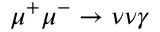
\mu ^ { + } \mu ^ { - } \to \nu \nu \gamma